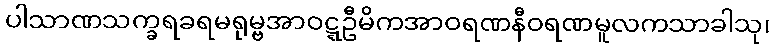
ပါသာဏသက္ခရခရမရုမ္ဗအာဝဋ္ဋဦမိကအာဝရဏနီဝရဏမူလကသာခါသု၊